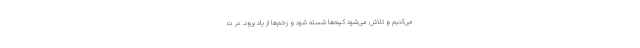
می‌کنیم و تلاش می‌شود کینه‌ها شسته شود و زخم‌ها از یاد برود. در ت